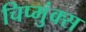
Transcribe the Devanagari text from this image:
चिप्मुंक्स